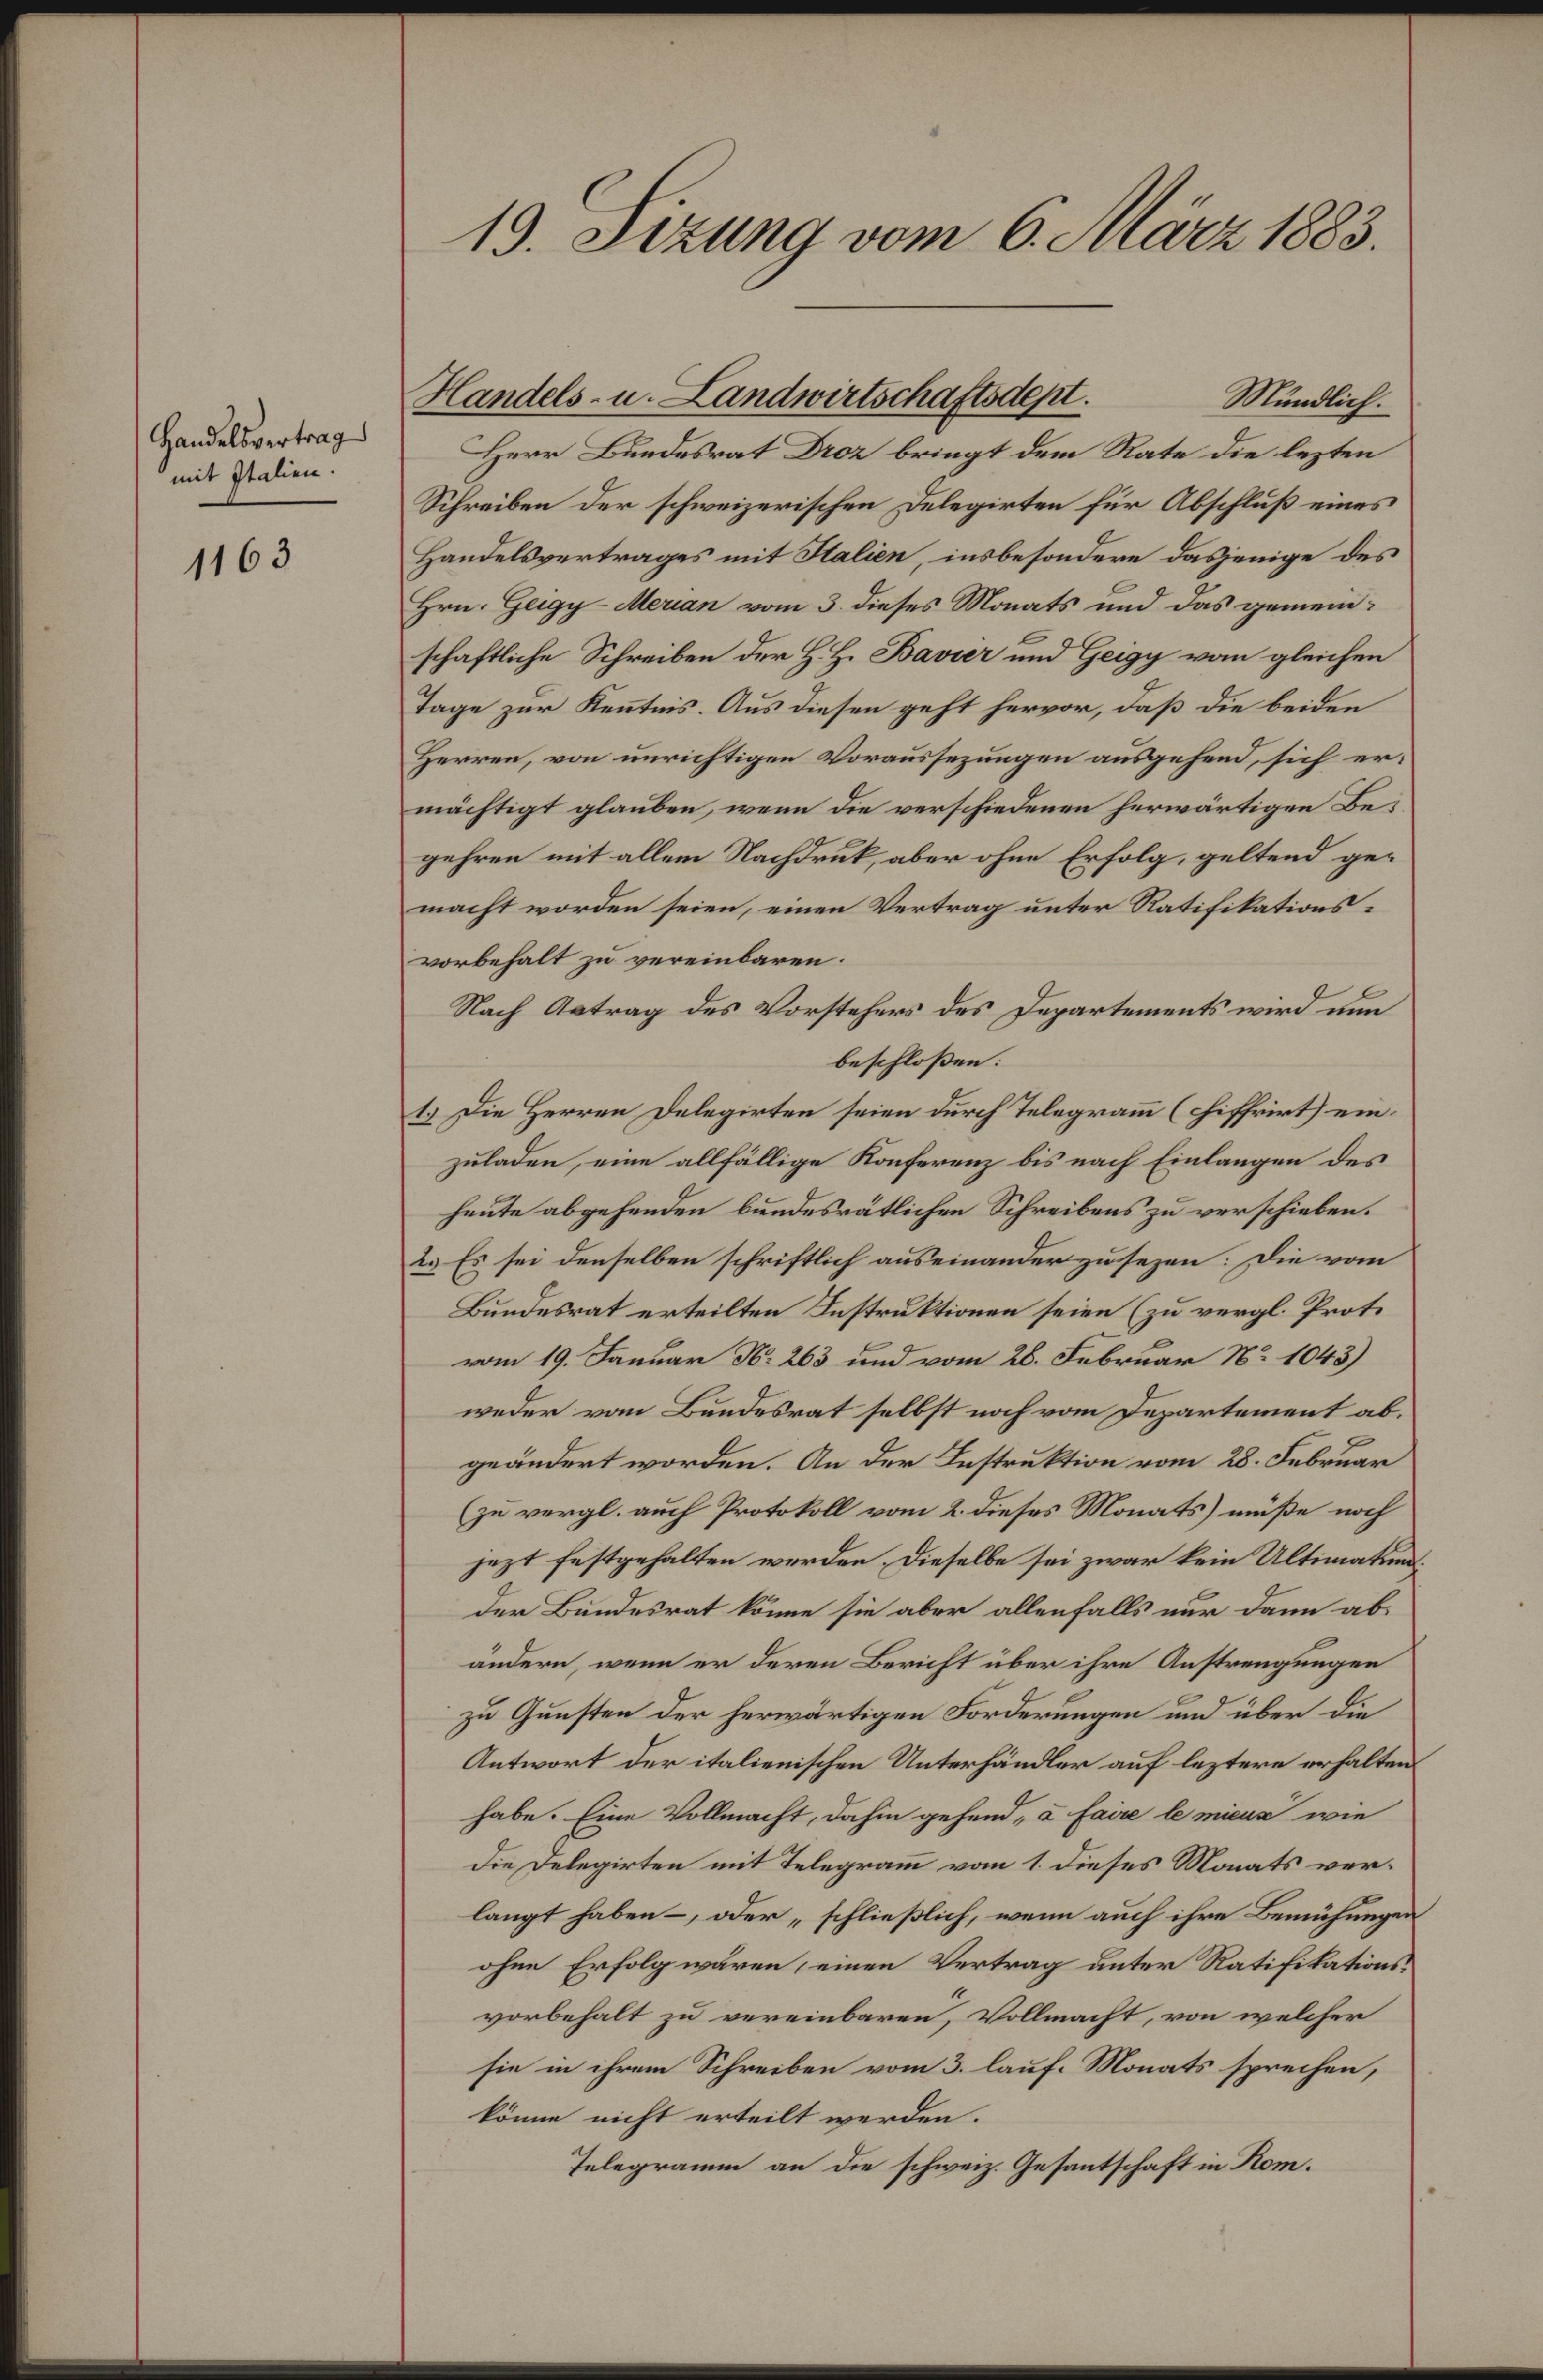
Handelsvertrag
mit Italien.

1163

19. Sizung vom 6. März 1883.

Handels- u. Landwirtschaftsdept.

Mündlich.
Herr Bundesrat Droz bringt dem Rate die lezten
Schreiben der schweizerischen Delegirten für Abschluß eines
Handelsvertrages mit Halien, insbesondere dasjenige des
Hrn. Geigy-Merian vom 3. dieses Monats und das gemeinschaftliche Schreiben der H. H. Bavier und Geigy vom gleichen
Tage zur Kenntnis. Aus diesen geht hervor, daß die beiden
Herren, von unrichtigen Voraussezungen ausgehend, sich ermächtigt glauben, wenn die verschiedenen herwärtigen Begehren mit allem Nachdruck, aber ohne Erfolg, geltend gemacht worden seien, einen Vertrag unter Ratifikationsvorbehalt zu vereinbaren.
Nach Antrag des Vorstehers des Departements wird nun
beschlossen:
1.) Die Herren Delegirten seien durch Telegramm (hiffrirt) ein.
zuladen, eine allfällige Konferenz bis nach Einlangen des
heute abgehenden bundesrätlichen Schreibens zu verschieben.
2. Es sei denselben schriftlich auseinander zu sezen: Die vom
Bundesrat erteilten Instruktionen seien (zu vergl. Proto
vom 19. Januar N. 263 und vom 26. Februar No 1043)
weder vom Bundesrat selbst noch vom Departement abgeändert worden. An der Instruktion vom 28. Februar
(zu vergl. auch Protokoll vom 2. dieses Monats müße noch
jezt festgehalten werden. Dieselbe sei zwar kein Ultimatum
der Bundesrat könne sie aber allenfalls nur dann ab
ändern, wenn er deren Bericht über ihre Anstrengungen
zu Gunsten der herwärtigen Forderungen und über die
Antwort der italienischen Unterhändler auf leztere erhalten.
habe. Eine Vollmacht, dahin gehend, a faire le mieux wie
die Delegirten mit Telegramm vom 1. dieses Monats verlangt haben – oder „schließlich, wenn auch ihre Bemühungen
ohne Erfolg wären, einen Vertrag unter Ratifikationsvorbehalt zu vereinbaren, Vollmacht, von welcher
sie in ihrem Schreiben vom 3. lauf. Monats sprechen,
könne nicht erteilt werden.
Telegramm an die schweiz. Gesantschaft in Kom¬